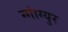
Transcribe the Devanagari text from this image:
न्गांग्युर